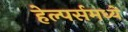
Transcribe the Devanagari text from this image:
हेल्पर्समध्ये